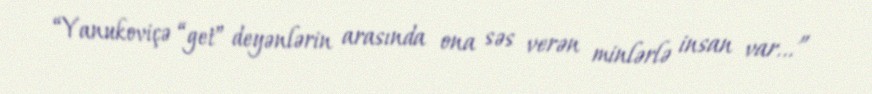
“Yanukoviçə “get” deyənlərin arasında ona səs verən minlərlə insan var...”